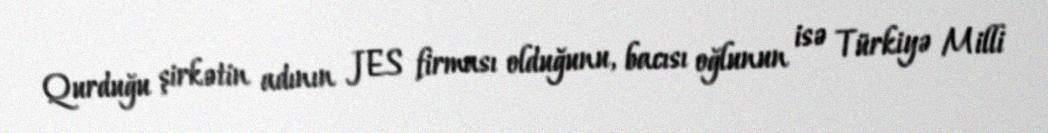
Qurduğu şirkətin adının JES firması olduğunu, bacısı oğlunun isə Türkiyə Milli